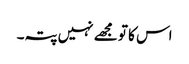
اس کا تو مجھے نہیں پتہ۔